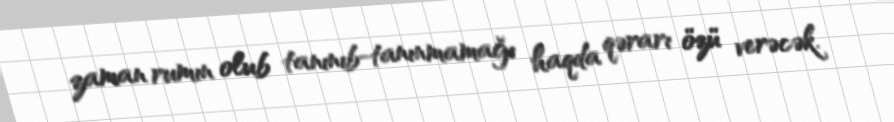
zaman rumın olub tanınıb-tanınmamağı haqda qərarı özü verəcək.